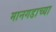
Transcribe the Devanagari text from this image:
मानगडाच्या